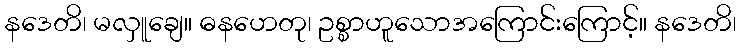
နဒေတိ၊ မလှူချေ။ ဓနဟေတု၊ ဥစ္စာဟူသောအကြောင်းကြောင့်။ နဒေတိ၊